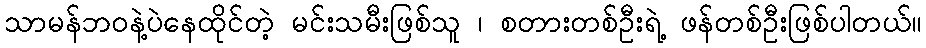
သာမန်ဘဝနဲ့ပဲနေထိုင်တဲ့ မင်းသမီးဖြစ်သူ ၊ စတားတစ်ဦးရဲ့ ဖန်တစ်ဦးဖြစ်ပါတယ်။